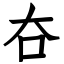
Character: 夻